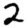
Digit: 2